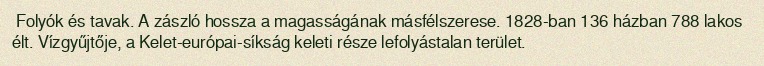
Folyók és tavak. A zászló hossza a magasságának másfélszerese. 1828-ban 136 házban 788 lakos élt. Vízgyűjtője, a Kelet-európai-síkság keleti része lefolyástalan terület.